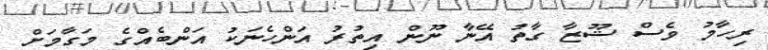
ރިހާމު ވެސް ޝޫޒާ ގާތު އޭނާ ނޫން އިތުރު އަންހެނަކު އަންބެއްގެ މަގާމަށް